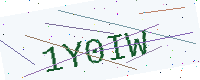
Text: 1Y0IW